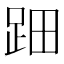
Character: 䟧